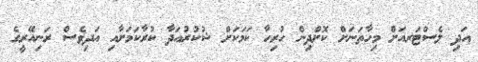
އަދި ލެސްޓަރއަށް މިހާތަނަށް ކޮށްދިން ހުރިހާ ކަމަކަށް ޝުކުރުއަދާ ކުރާކަމަށާއި އަދިވެސް ރަނިއޭރީގެ